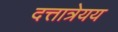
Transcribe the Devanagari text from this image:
दत्तात्रेयय